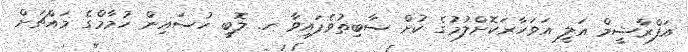
އަފްރާޝީމް އަލީ އަވަހާރަކޮށްލުމުގެ ކުށް ސާބިތުވެފައިވާ ހ. ލޮބީ ހުސައިން ހުމާމްގެ މައްޗަށް